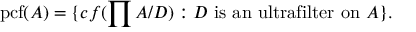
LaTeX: \mathrm { { p c f } } ( A ) = \{ c f ( \prod A / D ) : D \, \, { \mathrm { i s ~ a n ~ u l t r a f i l t e r ~ o n } } \, \, A \} .